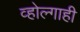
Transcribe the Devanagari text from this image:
व्होल्गाही